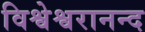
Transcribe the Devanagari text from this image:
विश्वेश्वरानन्द